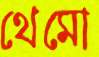
থেমো